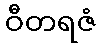
ဝီတရဇံ